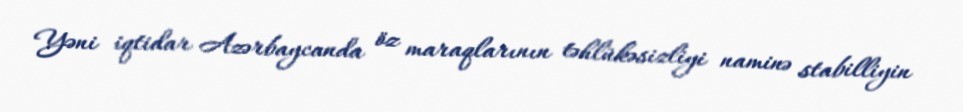
Yəni iqtidar Azərbaycanda öz maraqlarının təhlükəsizliyi naminə stabilliyin